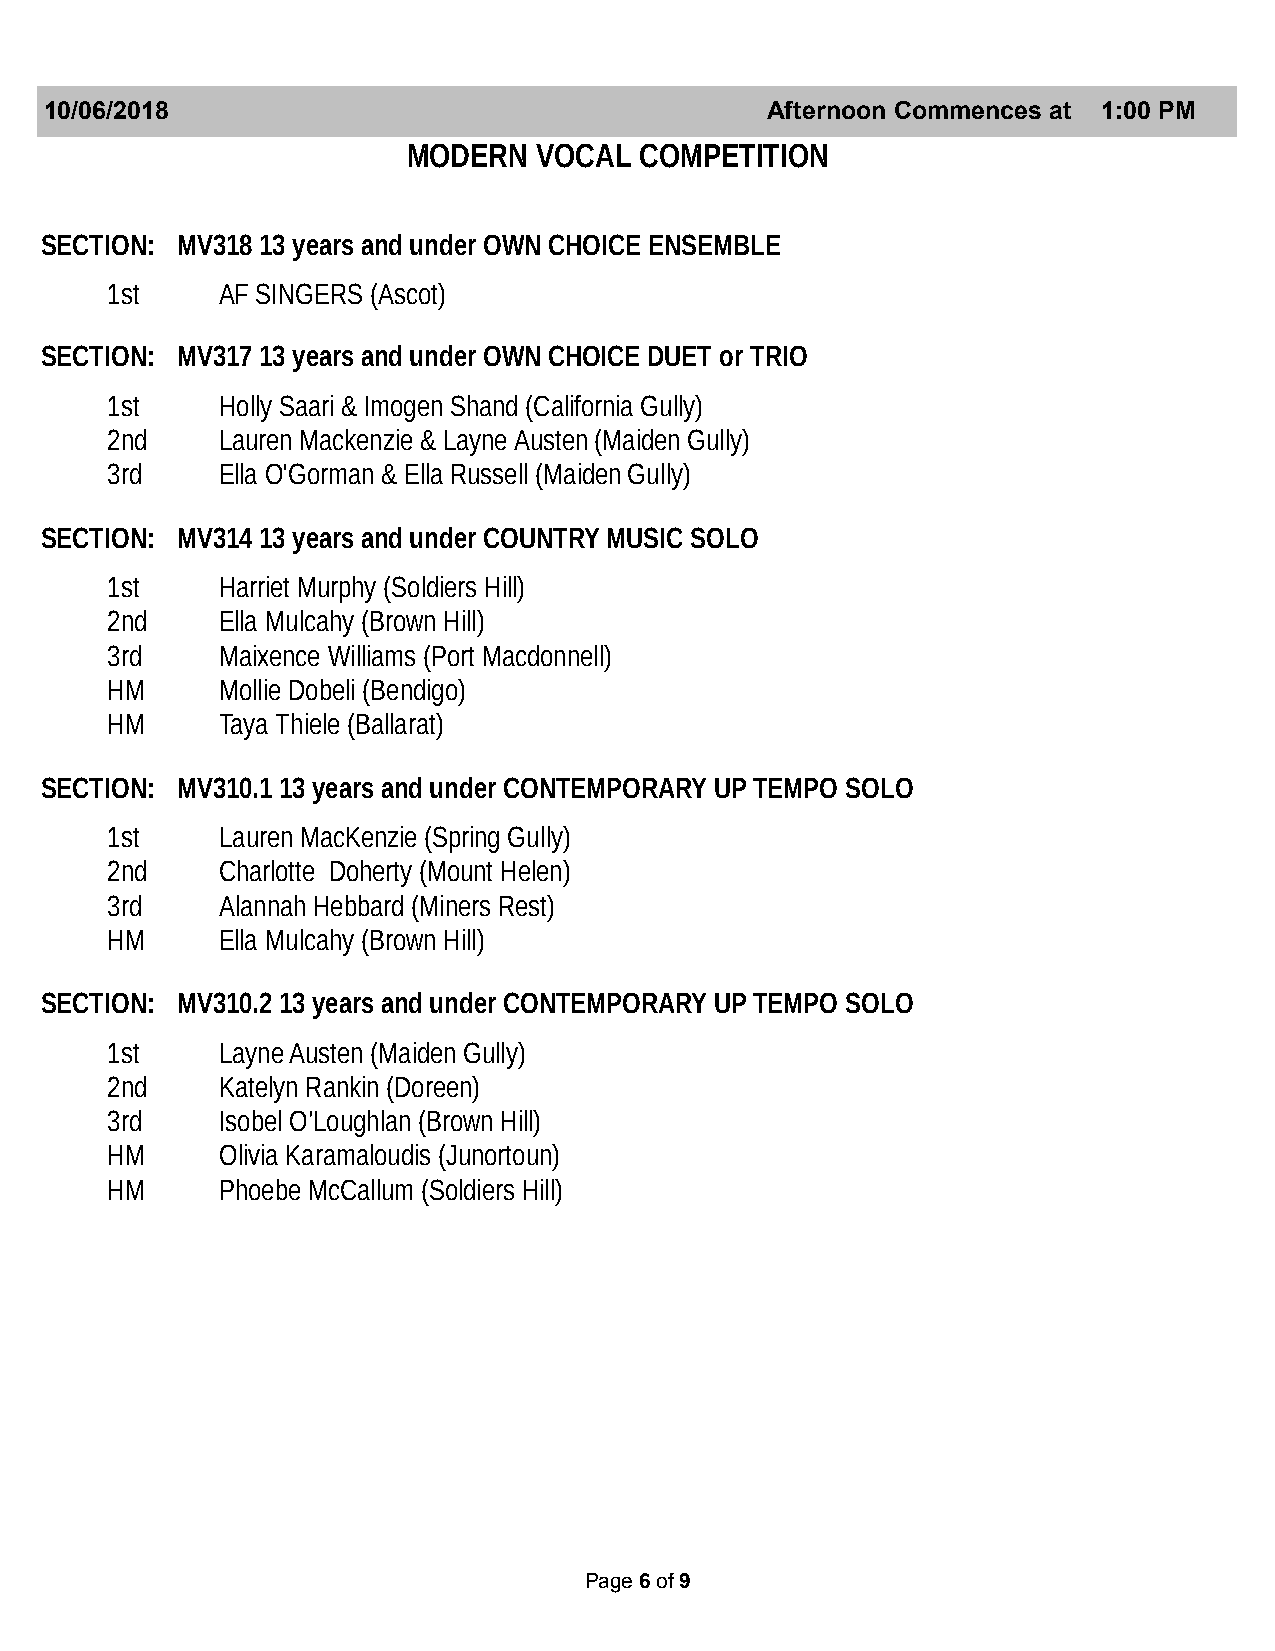
10/06/2018                                      Afternoon Commences at 1:00 PM
 MODERN   VOCAL COMPETITION
 SECTION: MV318 13 years and under OWN CHOICE ENSEMBLE
 1st    AF SINGERS (Ascot)
 SECTION: MV317 13 years and under OWN CHOICE DUET or TRIO
 1st    Holly Saari & Imogen Shand (California Gully)
 2nd    Lauren Mackenzie & Layne Austen (Maiden Gully)
 3rd    Ella O'Gorman & Ella Russell (Maiden Gully)
 SECTION: MV314 13 years and under COUNTRY MUSIC SOLO
 1st    Harriet Murphy (Soldiers Hill)
 2nd    Ella Mulcahy (Brown Hill)
 3rd    Maixence Williams (Port Macdonnell)
 HM     Mollie Dobeli (Bendigo)
 HM     Taya Thiele (Ballarat)
 SECTION: MV310.1 13 years and under CONTEMPORARY UP TEMPO SOLO
 1st    Lauren MacKenzie (Spring Gully)
 2nd    Charlotte Doherty (Mount Helen)
 3rd    Alannah Hebbard (Miners Rest)
 HM     Ella Mulcahy (Brown Hill)
 SECTION: MV310.2 13 years and under CONTEMPORARY UP TEMPO SOLO
 1st    Layne Austen (Maiden Gully)
 2nd    Katelyn Rankin (Doreen)
 3rd    Isobel O’Loughlan (Brown Hill)
 HM     Olivia Karamaloudis (Junortoun)
 HM     Phoebe McCallum (Soldiers Hill)
 Page 6 of 9